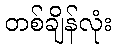
တစ်ချိန်လုံး